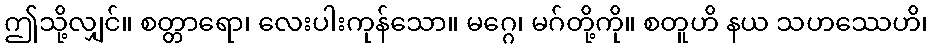
ဤသို့လျှင်။ စတ္တာရော၊ လေးပါးကုန်သော။ မဂ္ဂေ၊ မဂ်တို့ကို။ စတူဟိ နယ သဟဿေဟိ၊